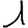
Digit: 1